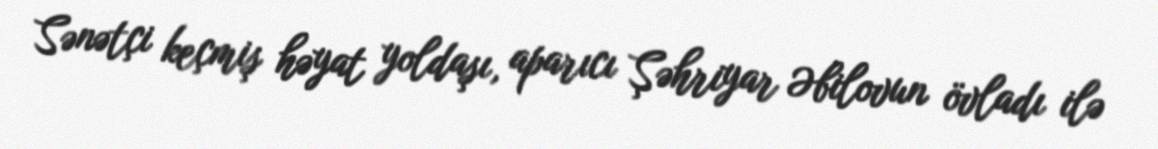
Sənətçi keçmiş həyat yoldaşı, aparıcı Şəhriyar Əbilovun övladı ilə